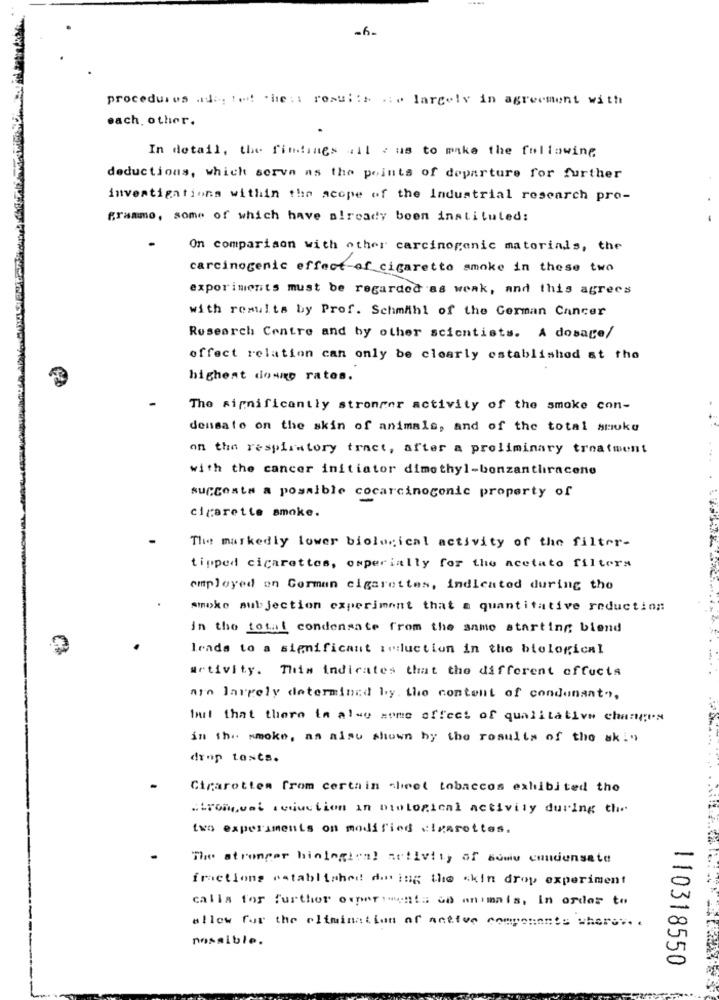
procedures adap ted che : : results .: . largely in agreement with
each. other.
In detail, the findings all : us to make the following
deductions, which serva as the points of departure for further
investigations within the scope of the Industrial research pro-
grammo, some of which have already been instituted:
On comparison with other carcinogenic materials, the
carcinogenic effect-of cigarette smoke in these two
experiments must be regarded as weak, and this agrees
with results by Prof. Schmithl of the German Cancer
Research Centre and by other scientists. A dosage/
effect relation can only be clearly established at the
highest donne rates.
The significantly stronger activity of the smoke con-
densato on the skin of animals, and of the total smuke
on the respiratory tract, after a preliminary treatment
with the cancer initiator dimethyl-bonzantliracene
succesta a possible cocarcinogenic property of
cigarette smoke.
The markedly lower biological activity of the filter-
tipped cigarettes, osperially for the acetato filters
employed on Gorman cigarettes, indicated during the
smoke subjection experiment that a quantitative reduction
in the total condensate from the same starting biend
leads to a significant induction in the biological
urtivity. This indicates that the different effects
Are largely determined by the content of condenanto,
but that there in also some offeet of qualitative changes
in the smoke, as also shown by the results of the sk!"
drop toNts.
Cigarotten from certain sheet tobaccos exhibited the
strongest seduction in biological activity during the
two experiments on modified cigarettes.
The stronger hinlegion! activity of some condensate
fractions established doing the skin drop experiment
calls for further ouperimenis co animais, In order to
allow for the elimination of active components where ...
nossible.
110318550